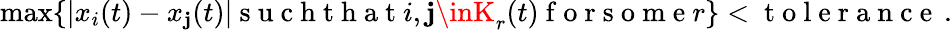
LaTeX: \operatorname*{max}\{ |x_{i}(t)-x_{\mathbf{j}}(t)|\mathrm{{~s~u~c~h~t~h~a~t~}}i,\mathbf{j}\inK_{r}(t)\mathrm{{~f~o~r~s~o~m~e~}}r\} <\mathrm{{~t~o~l~e~r~a~n~c~e~}}\, .